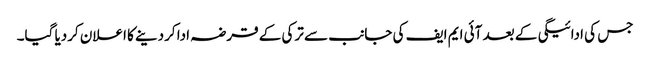
جس کی ادائیگی کے بعد آئی ایم ایف کی جانب سے ترکی کے قرضہ ادا کردینے کا اعلان کردیا گیا۔